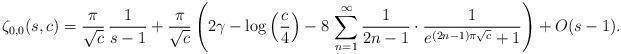
LaTeX: \begin{align*}\zeta_{0,0}(s,c)=\frac{\pi}{\sqrt{c}}\,\frac{1}{s-1}+\frac{\pi}{\sqrt{c}}\left(2\gamma-\log\left(\frac{c}{4}\right)-8\,\sum_{n=1}^{\infty}\frac{1}{2n-1}\cdot\frac{1}{e^{(2n-1)\pi\sqrt{c}}+1}\right)+O(s-1).\end{align*}